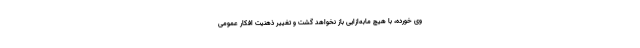
وی خورده، با هیچ مابه‌ازایی باز نخواهد گشت و تغییر ذهنیت افکار عمومی